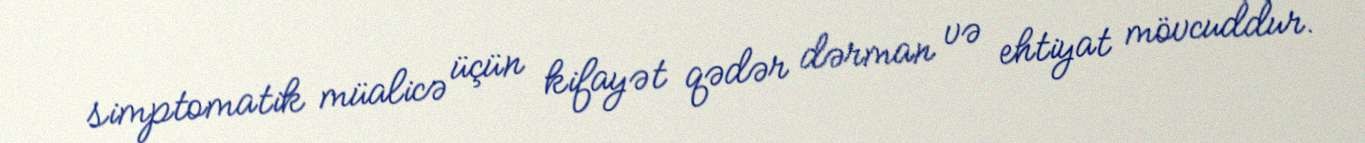
simptomatik müalicə üçün kifayət qədər dərman və ehtiyat mövcuddur.